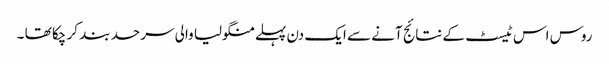
روس اس ٹیسٹ کے نتائج آنے سے ایک دن پہلے منگولیا والی سرحد بند کر چکا تھا ۔